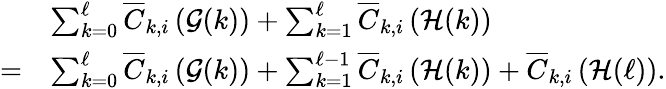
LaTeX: \begin{array}{rl}&{\sum_{k=0}^{\ell}\overline{{C}}_{k,i}\left(\mathcal{G}(k)\right)+\sum_{k=1}^{\ell}\overline{{C}}_{k,i}\left(\mathcal{H}(k)\right)}\\ {=}&{\sum_{k=0}^{\ell}\overline{{C}}_{k,i}\left(\mathcal{G}(k)\right)+\sum_{k=1}^{\ell-1}\overline{{C}}_{k,i}\left(\mathcal{H}(k)\right)+\overline{{C}}_{k,i}\left(\mathcal{H}(\ell)\right).}\end{array}